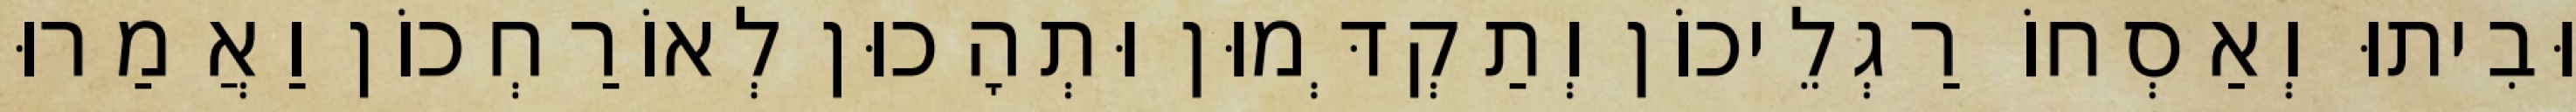
וּבִיתוּ וְאַסְחוֹ רַגְלֵיכוֹן וְתַקְדְּמוּן וּתְהָכוּן לְאוֹרַחְכוֹן וַאֲמַרוּ